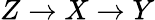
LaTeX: Z\rightarrow X\rightarrow Y